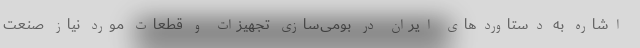
اشاره به دستاوردهای ایران در بومی‌سازی تجهیزات و قطعات مورد نیاز صنعت